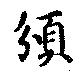
頒